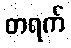
တရက်